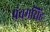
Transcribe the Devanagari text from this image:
पंचमसिंह